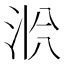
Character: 𱦎